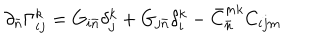
LaTeX: \partial _ { \bar { n } } \Gamma _ { i j } ^ { k } = G _ { i { \bar { n } } } \delta _ { j } ^ { k } + G _ { j { \bar { n } } } \delta _ { i } ^ { k } - { \bar { C } } _ { \bar { n } } ^ { m k } C _ { i j m } \,